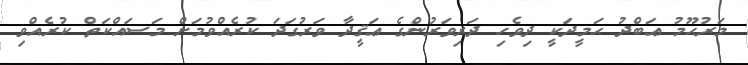
މަރުޙޫމު ޢަބްދު ޙަމީދަކީ ދިވެހި ދަރިވަރުންގެ ޢަޤީދާ ވަރުގަދަ ކުރެއްވުމަށް މަސައްކަތް ކުރެއްވި